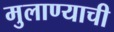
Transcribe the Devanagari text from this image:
मुलाण्याची